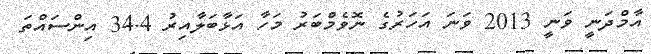
އާމްދަނީ ވަނީ 2013 ވަނަ އަހަރުގެ ނޮވެމްބަރު މަހާ އަޅާބަލާއިރު 34.4 އިންސައްތަ